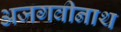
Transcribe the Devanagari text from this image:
अजगवीनाथ